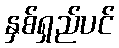
နှစ်ရှည်ပင်